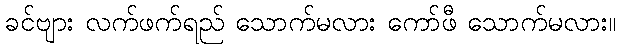
ခင်ဗျား လက်ဖက်ရည် သောက်မလား ကော်ဖီ သောက်မလား။